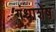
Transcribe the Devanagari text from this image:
गंधाशेष